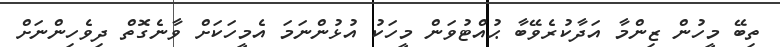
ތިބޭ މީހުން ޒިންމާ އަދާކުރެވޭބާ ޙުއްޓުވަން މީހަކު އުޅުންނަމަ އެމީހަކަށް ވާނެގޮތް ދިވެހިންނަށް